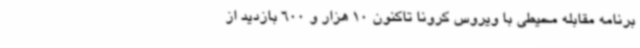
برنامه مقابله محیطی با ویروس کرونا تاکنون 10 هزار و 600 بازدید از